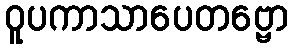
ဝူပကာသာပေတဗ္ဗော